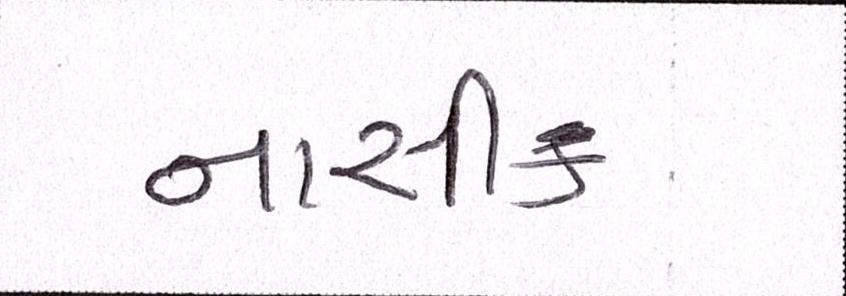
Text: નાસીક